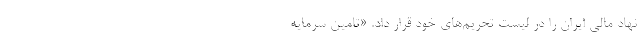
نهاد مالی ایران را در لیست تحریم‌های خود قرار داد. «تامین سرمایه